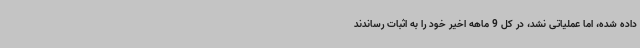
داده شده، اما عملیاتی نشد، در کل 9 ماهه اخیر خود را به اثبات رساندند